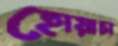
হোয়াচা